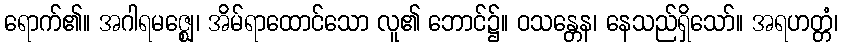
ရောက်၏။ အဂါရမဇ္ဈေ၊ အိမ်ရာထောင်သော လူ၏ ဘောင်၌။ ဝသန္တေန၊ နေသည်ရှိသော်။ အရဟတ္တံ၊